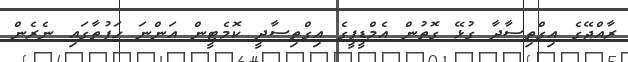
ރާއްޖޭގެ އިގްތިސާދާ ގުޅޭ ގޮތުން އެމްޑީޕީގެ އިގްތިސާދީ ކޮމެޓީން އަންނަ ހަފުތާގައި ނެރެން